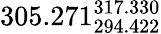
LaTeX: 305.271_{294.422}^{317.330}